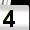
Digit: 4